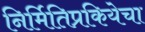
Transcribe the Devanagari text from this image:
निर्मितिप्रकियेचा